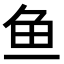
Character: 鱼